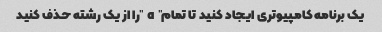
یک برنامه کامپیوتری ایجاد کنید تا تمام "a" را از یک رشته حذف کنید